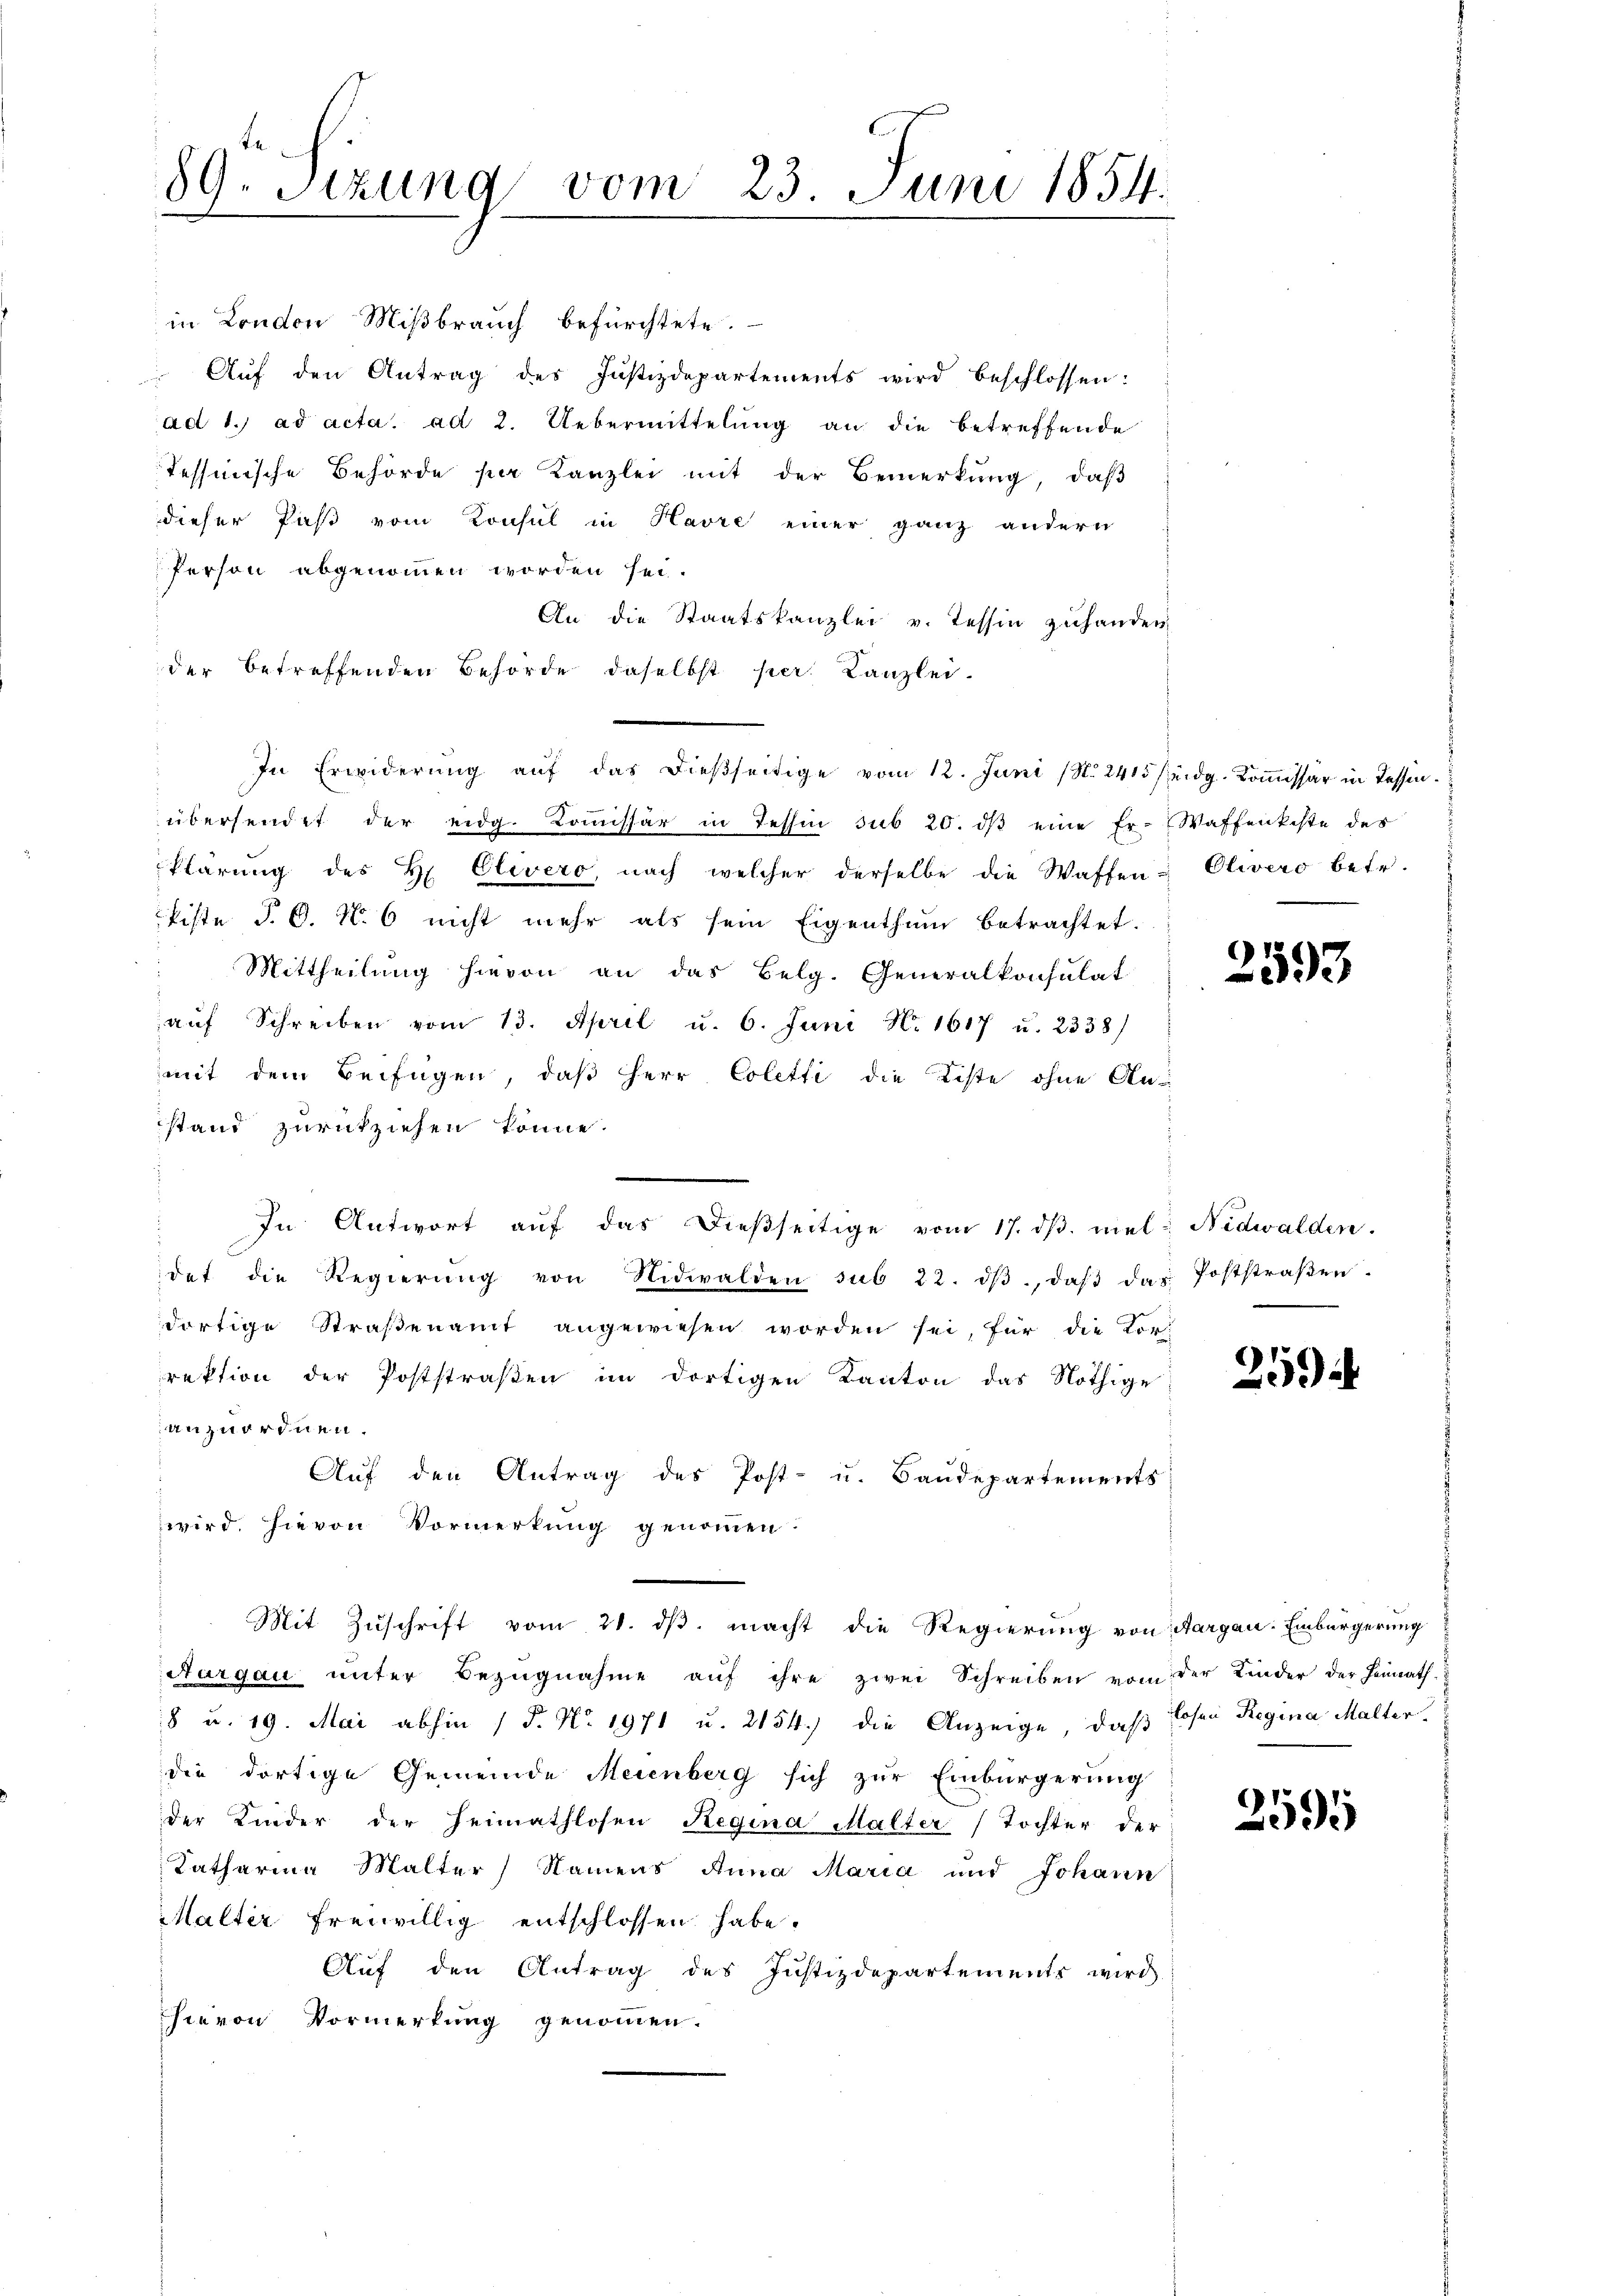
89. Sitzung vom 23. Juni 1854.

in London Mißbrauch befürchtete.
Aŭf den Antrag des Justizdepartements wird beschlossen:
ad 1. ad acta. ad 2. Uebermittelung an die betreffende
Tessinische Behörde per Kanzlei mit der Bemerkung, daβ
dieser Paß vom Konsul in Havre einer ganz andern
Person abgenommen worden sei.
An die Staatskanzlei v. Tessin zuhanden,
der betreffenden Behörde daselbst per Kanzlei.
In Erwiderung auf das dießseitige vom 12. Juni (N. 2415 eidg. Kommissär in Tessin.
übersendet der eidg. Commissär in Tessin sub 20. dβ eine Er-Waffenkiste des
klärŭng des H Clivero, nach welcher derselbe die Waffen - Olivero betr.
kiste §. 6. No. 6 nicht mehr als sein Eigenthum betrachtet.
Mittheilung hievon an das Belg. Generalkonsulat
auf Schreiben vom 13. April u. 6. Juni N. 1617 u. 2338/
mit dem Beifügen, daß Herr Coletti die Liste ohne Anstand zurückziehen könne.
s
In Antwort auf das dießseitige vom 17. dβ mel; Nidwalden.
det die Regierŭng von Nidwalden sub 22. dβ, daβ das Poststraβen.
dortige Straßenamt angewiesen worden sei, für die Vor-
rektion der Poststraßen im dortigen Kanton das Nöthige
anzuordnen.
Auf den Antrag des Post- u. Sandepartements
wird. Hievon Vormerkung genommen.
Mit Zuschrift vom 21. dβ. macht die Regierung von Aargau: Einbürgerung
Aurgau unter Bezŭgnahme aŭf ihre zwei Schreiben vom der Kinder der Heimath
8 u. 19. Mai abhin 1 S. Nr. 1971 u. 2154) die Anzeige, daß Losen Regina Malter
die dortige Gemeinde Meienberg sich zur Einbürgerung
der Kinder der Heimathlosen Regina Malter (Tochter der
Katharina Malter Namens Anna Maria und Johann
Malter freiwillig entschlossen habe.
Auf den Antrag des Justizdepartements wird
hievon Vormerkung genommen.

2593

259

2595